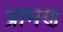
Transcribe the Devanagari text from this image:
प्रांमण